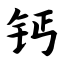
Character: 钙